Report on vaccination in Madras 1922-1929 - 1922-1929
Year: 1922
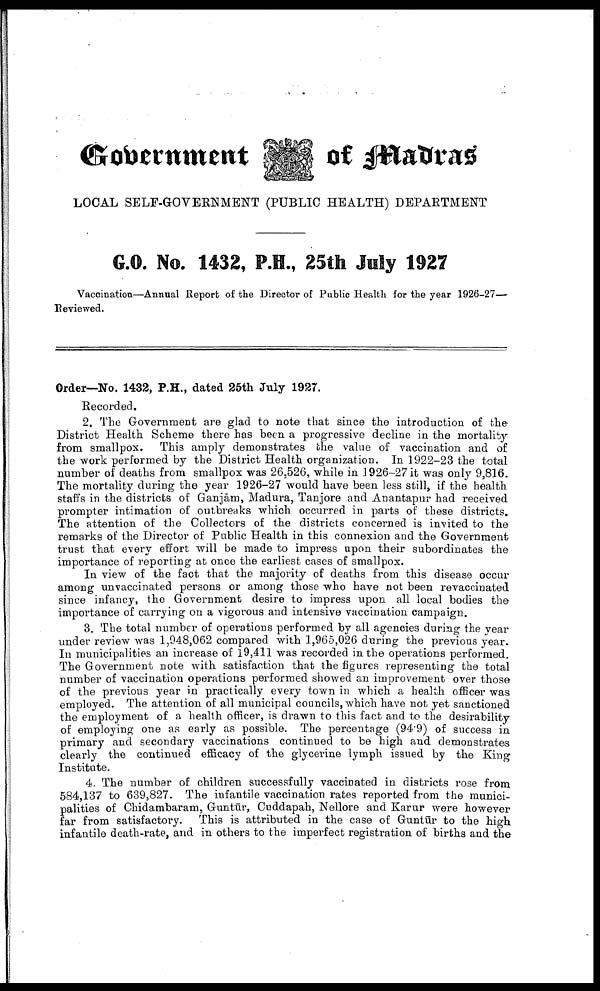
Government
of Madras
LOCAL SELF-GOVERNMENT (PUBLIC HEALTH) DEPARTMENT
G.O. No. 1432, P.H., 25th July 1927
Vaccination—Annual Report of the Director of Public Health for the year 1926-27—
Reviewed.
Order—No. 1432, P.H., dated 25th July 1927.
Recorded.
2. The Government are glad to note that since the introduction of the
District Health Scheme there has been a progressive decline in the mortality-
from smallpox. This amply demonstrates the value of vaccination and of
the work performed by the District Health organization. In 1922-23 the total
number of deaths from smallpox was 26,526, while in 1926-27 it was only 9,816.
The mortality during the year 1926-27 would have been less still, if the health
staffs in the districts of Ganjām, Madura, Tanjore and Anantapur had received
prompter intimation of outbreaks which occurred in parts of these districts.
The attention of the Collectors of the districts concerned is invited to the
remarks of the Director of Public Health in this connexion and the Government
trust that every effort will be made to impress upon their subordinates the
importance of reporting at once the earliest cases of smallpox.
In view of the fact that the majority of deaths from this disease occur
among unvaccinated persons or among those who have not been revaccinated
since infancy, the Government desire to impress upon all local bodies the
importance of carrying on a vigorous and intensive vaccination campaign.
3. The total number of operations performed by all agencies during the year
under review was 1,948,062 compared with 1,965,026 during the previous year.
In municipalities an increase of 19,411 was recorded in the operations performed.
The Government note with satisfaction that the figures representing the total
number of vaccination operations performed showed an improvement over those
of the previous year in practically every town in which a health officer was
employed. The attention of all municipal councils, which have not yet sanctioned
the employment of a health officer, is drawn to this fact and to the desirability
of employing one as early as possible. The percentage (94.9) of success in
primary and secondary vaccinations continued to be high and demonstrates
clearly the continued efficacy of the glycerine lymph issued by the King
Institute.
4. The number of children successfully vaccinated in districts rose from
584,137 to 639,827. The infantile vaccination rates reported from the munici
palities of Chidambaram, Guntūr, Cuddapah, Nellore and Karur were however
far from satisfactory. This is attributed in the case of Guntūr to the high
infantile death-rate, and in others to the imperfect registration of births and the